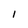
Character: 1